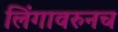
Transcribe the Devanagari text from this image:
लिंगावरुनच